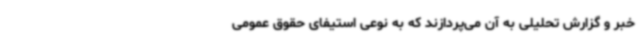
خبر و گزارش تحلیلی به آن می‌پردازند که به نوعی استیفای حقوق عمومی